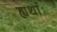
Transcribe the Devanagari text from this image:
ह्यर्थाः